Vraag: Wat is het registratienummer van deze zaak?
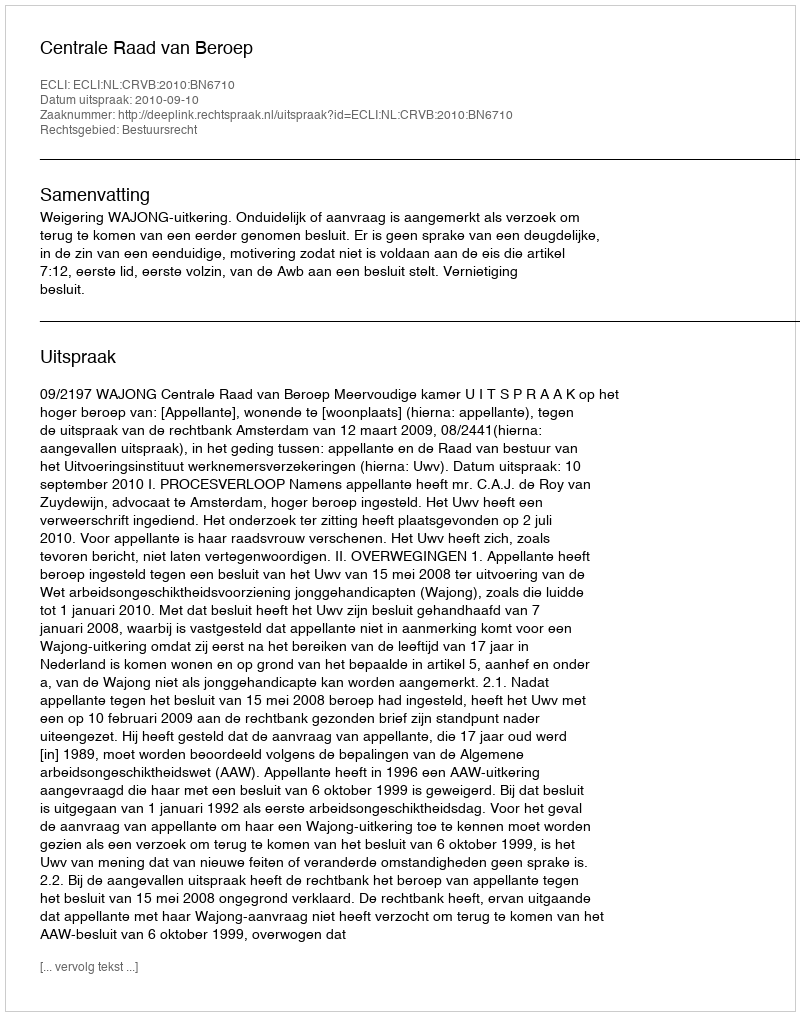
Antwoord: http://deeplink.rechtspraak.nl/uitspraak?id=ECLI:NL:CRVB:2010:BN6710